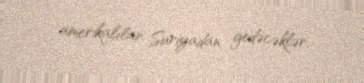
amerikalılar Suriyadan gedəcəklər.